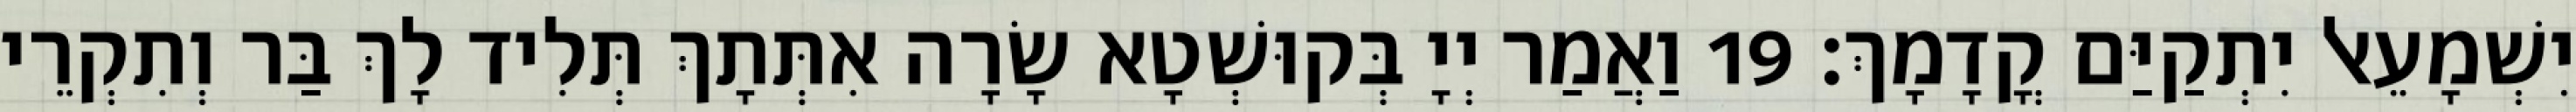
יִשְׁמָעֵאל יִתְקַיַּם קֳדָמָךְ׃ 19 וַאֲמַר יְיָ בְּקוּשְׁטָא שָׂרָה אִתְּתָךְ תְּלִיד לָךְ בַּר וְתִקְרֵי